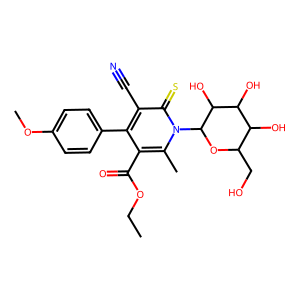
SMILES: CCOC(=O)c1c(-c2ccc(OC)cc2)c(C#N)c(=S)n(C2OC(CO)C(O)C(O)C2O)c1C
Inhibits HIV replication: No